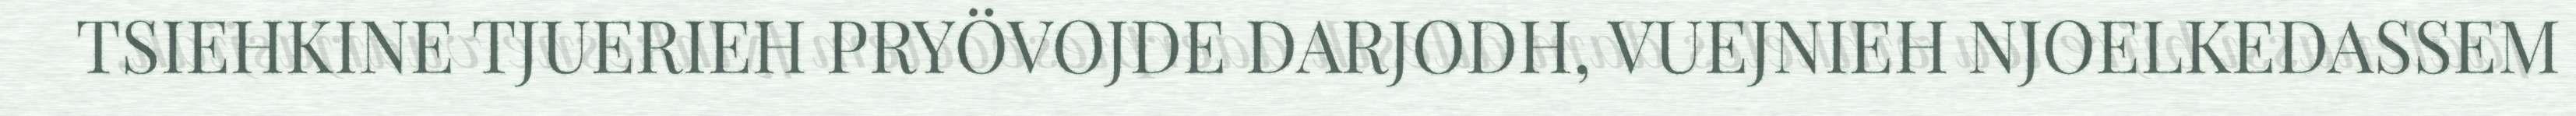
TSIEHKINE TJUERIEH PRYÖVOJDE DARJODH, VUEJNIEH NJOELKEDASSEM